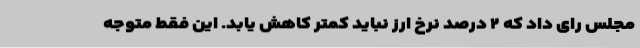
مجلس رای داد که ۲ درصد نرخ ارز نباید کمتر کاهش یابد. این فقط متوجه